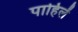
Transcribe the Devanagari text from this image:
पाहिलें